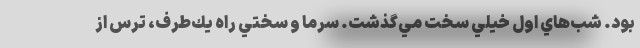
بود. شب‌هاي اول خيلي سخت مي‌گذشت. سرما و سختي راه يك‌طرف، ترس از